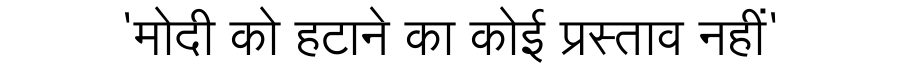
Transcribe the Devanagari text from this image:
'मोदी को हटाने का कोई प्रस्ताव नहीं'